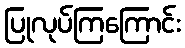
ပြုလုပ်ကြကြောင်း